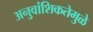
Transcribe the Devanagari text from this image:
अनुवांशिकतेमुळे